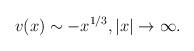
LaTeX: \begin{align*}v(x)\sim -x^{1/3}, |x|\to\infty.\end{align*}